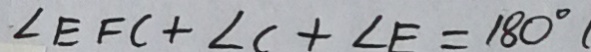
\angle E F C + \angle C + \angle E = 1 8 0 ^ { \circ }